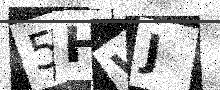
Text: 5HWJ